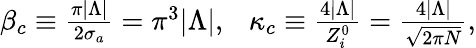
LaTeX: \begin{array}{r}{\beta_{c}\equiv\frac{\pi|\Lambda|}{2\sigma_{a}}=\pi^{3}|\Lambda|,\ \ \ \kappa_{c}\equiv\frac{4|\Lambda|}{Z_{i}^{0}}=\frac{4|\Lambda|}{\sqrt{2\pi N}},}\end{array}